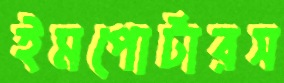
ইমপোর্টারস